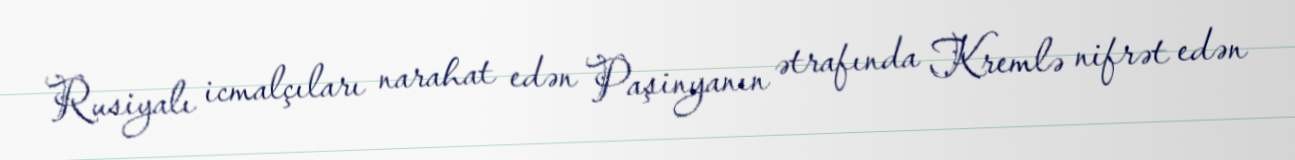
Rusiyalı icmalçıları narahat edən Paşinyanın ətrafında Kremlə nifrət edən